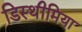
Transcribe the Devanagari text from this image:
डिस्थीमिया